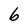
Character: b